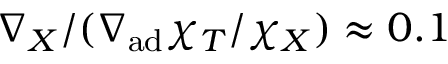
\nabla _ { X } / ( \nabla _ { \mathrm { a d } } \chi _ { T } / \chi _ { X } ) \approx 0 . 1